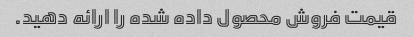
قیمت فروش محصول داده شده را ارائه دهید.